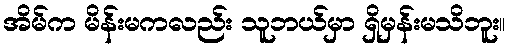
အိမ်က မိန်းမကလည်း သူဘယ်မှာ ရှိမှန်းမသိဘူး။